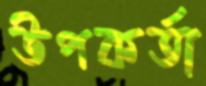
উপকর্তা